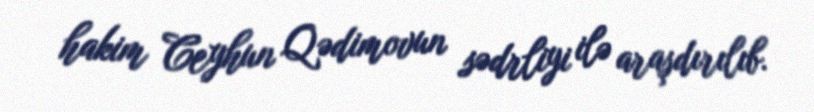
hakim Ceyhun Qədimovun sədrliyi ilə araşdırılıb.